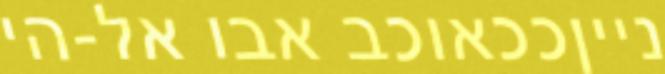
נייןככאוכב אבו אל-הי